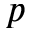
p